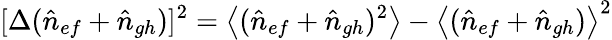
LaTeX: [\Delta(\hat{n}_{ef}+\hat{n}_{gh})]^{2}=\left<(\hat{n}_{ef}+\hat{n}_{gh})^{2}\right>-\left<(\hat{n}_{ef}+\hat{n}_{gh})\right>^{2}